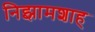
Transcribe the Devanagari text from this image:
निझामशाह